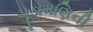
ચૂડામણિની